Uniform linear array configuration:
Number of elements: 4
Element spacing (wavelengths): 1
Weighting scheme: blackman
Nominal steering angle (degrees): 45
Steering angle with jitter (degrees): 45.64
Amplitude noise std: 0.05
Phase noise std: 0.05

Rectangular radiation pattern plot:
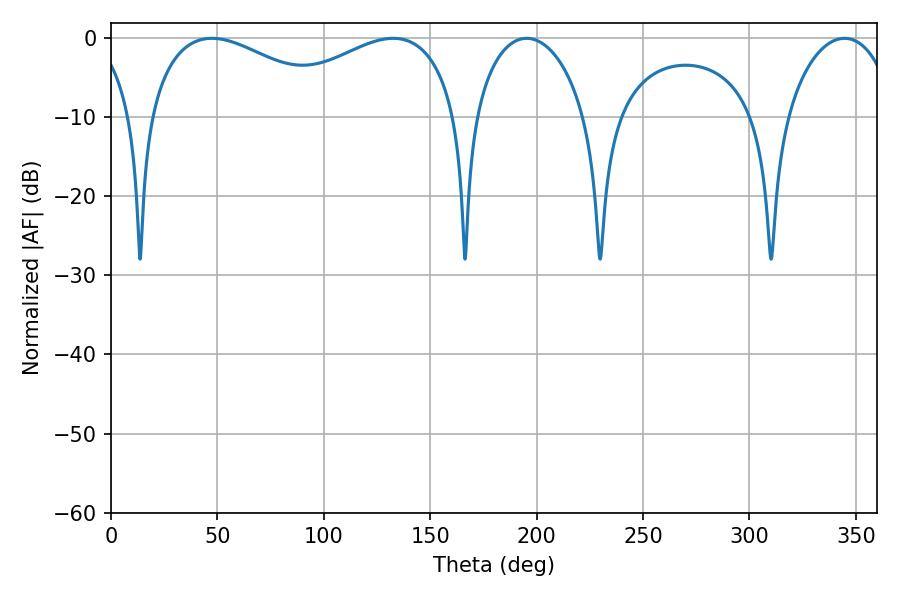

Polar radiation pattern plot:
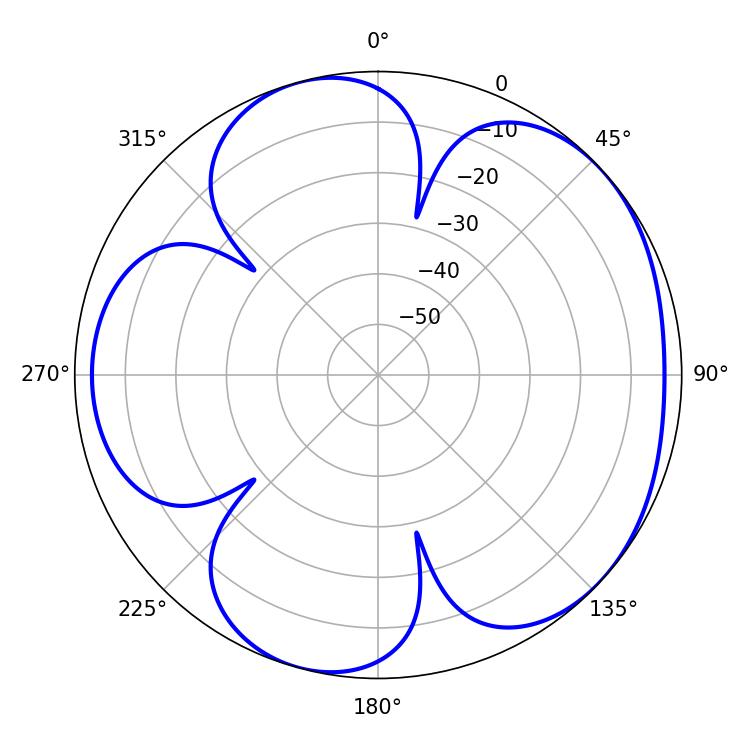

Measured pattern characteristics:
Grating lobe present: TRUE
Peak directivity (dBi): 4.792
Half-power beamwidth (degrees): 29.88
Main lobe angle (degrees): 195.3